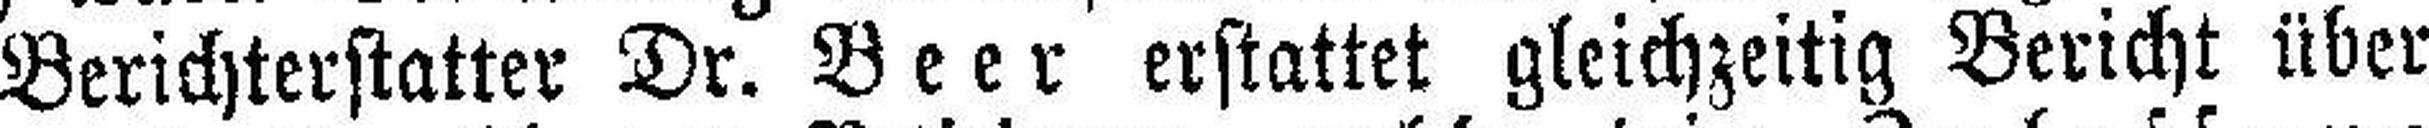
Berichterstatter Dr. Beer erstattet gleichzeitig Bericht über